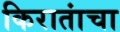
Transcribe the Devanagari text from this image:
किरातांचा